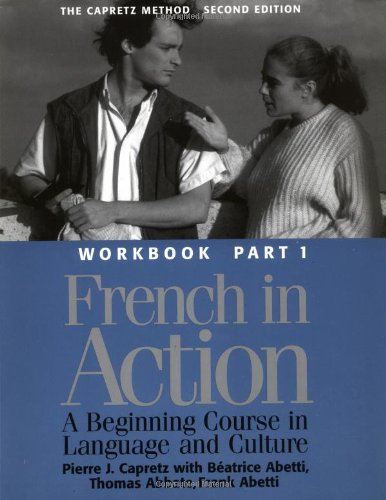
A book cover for French in Action: A Beginning Course in Language and Culture - Workbook, Part 1; Pierre Capretz; Travel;